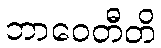
ဘာဝေတီတိ